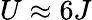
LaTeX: U\approx 6J